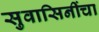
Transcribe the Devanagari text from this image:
सुवासिनींचा